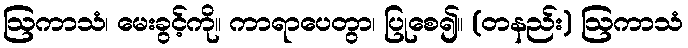
ဩကာသံ၊ မေးခွင့်ကို။ ကာရာပေတွာ၊ ပြုစေ၍။ (တနည်း) ဩကာသံ